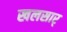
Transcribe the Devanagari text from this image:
खलसार्